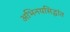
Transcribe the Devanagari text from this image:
अभिनयसिद्धांत